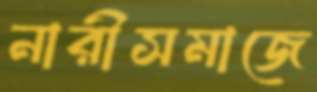
নারীসমাজে